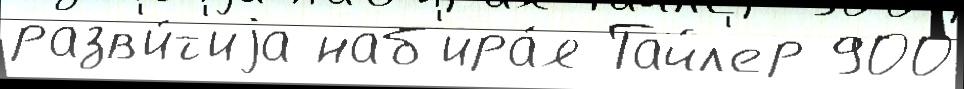
разв'и́т'иjа наб'ира́я Тайл'ер 900